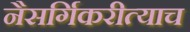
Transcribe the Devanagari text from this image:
नैसर्गिकरीत्याच